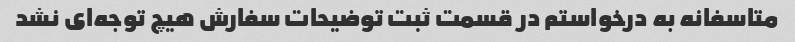
متاسفانه به درخواستم در قسمت ثبت توضیحات سفارش هیچ توجه‌ای نشد